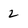
Character: 2